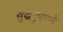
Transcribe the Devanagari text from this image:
सुखरुपपणे